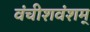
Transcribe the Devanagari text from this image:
वंचीशवंशम्